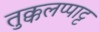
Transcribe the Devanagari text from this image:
तुक्कलप्पाट्ट